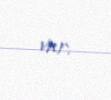
var.